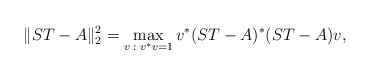
\begin{align*}\|ST-A\|_2^2 = \max_{v\;:\;v^* v = 1} v^* (ST-A)^* (ST-A) v,\end{align*}